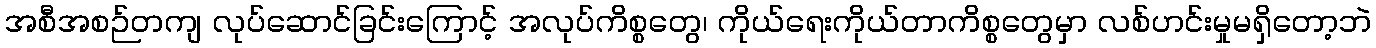
အစီအစဉ်တကျ လုပ်ဆောင်ခြင်းကြောင့် အလုပ်ကိစ္စတွေ၊ ကိုယ်ရေးကိုယ်တာကိစ္စတွေမှာ လစ်ဟင်းမှုမရှိတော့ဘဲ